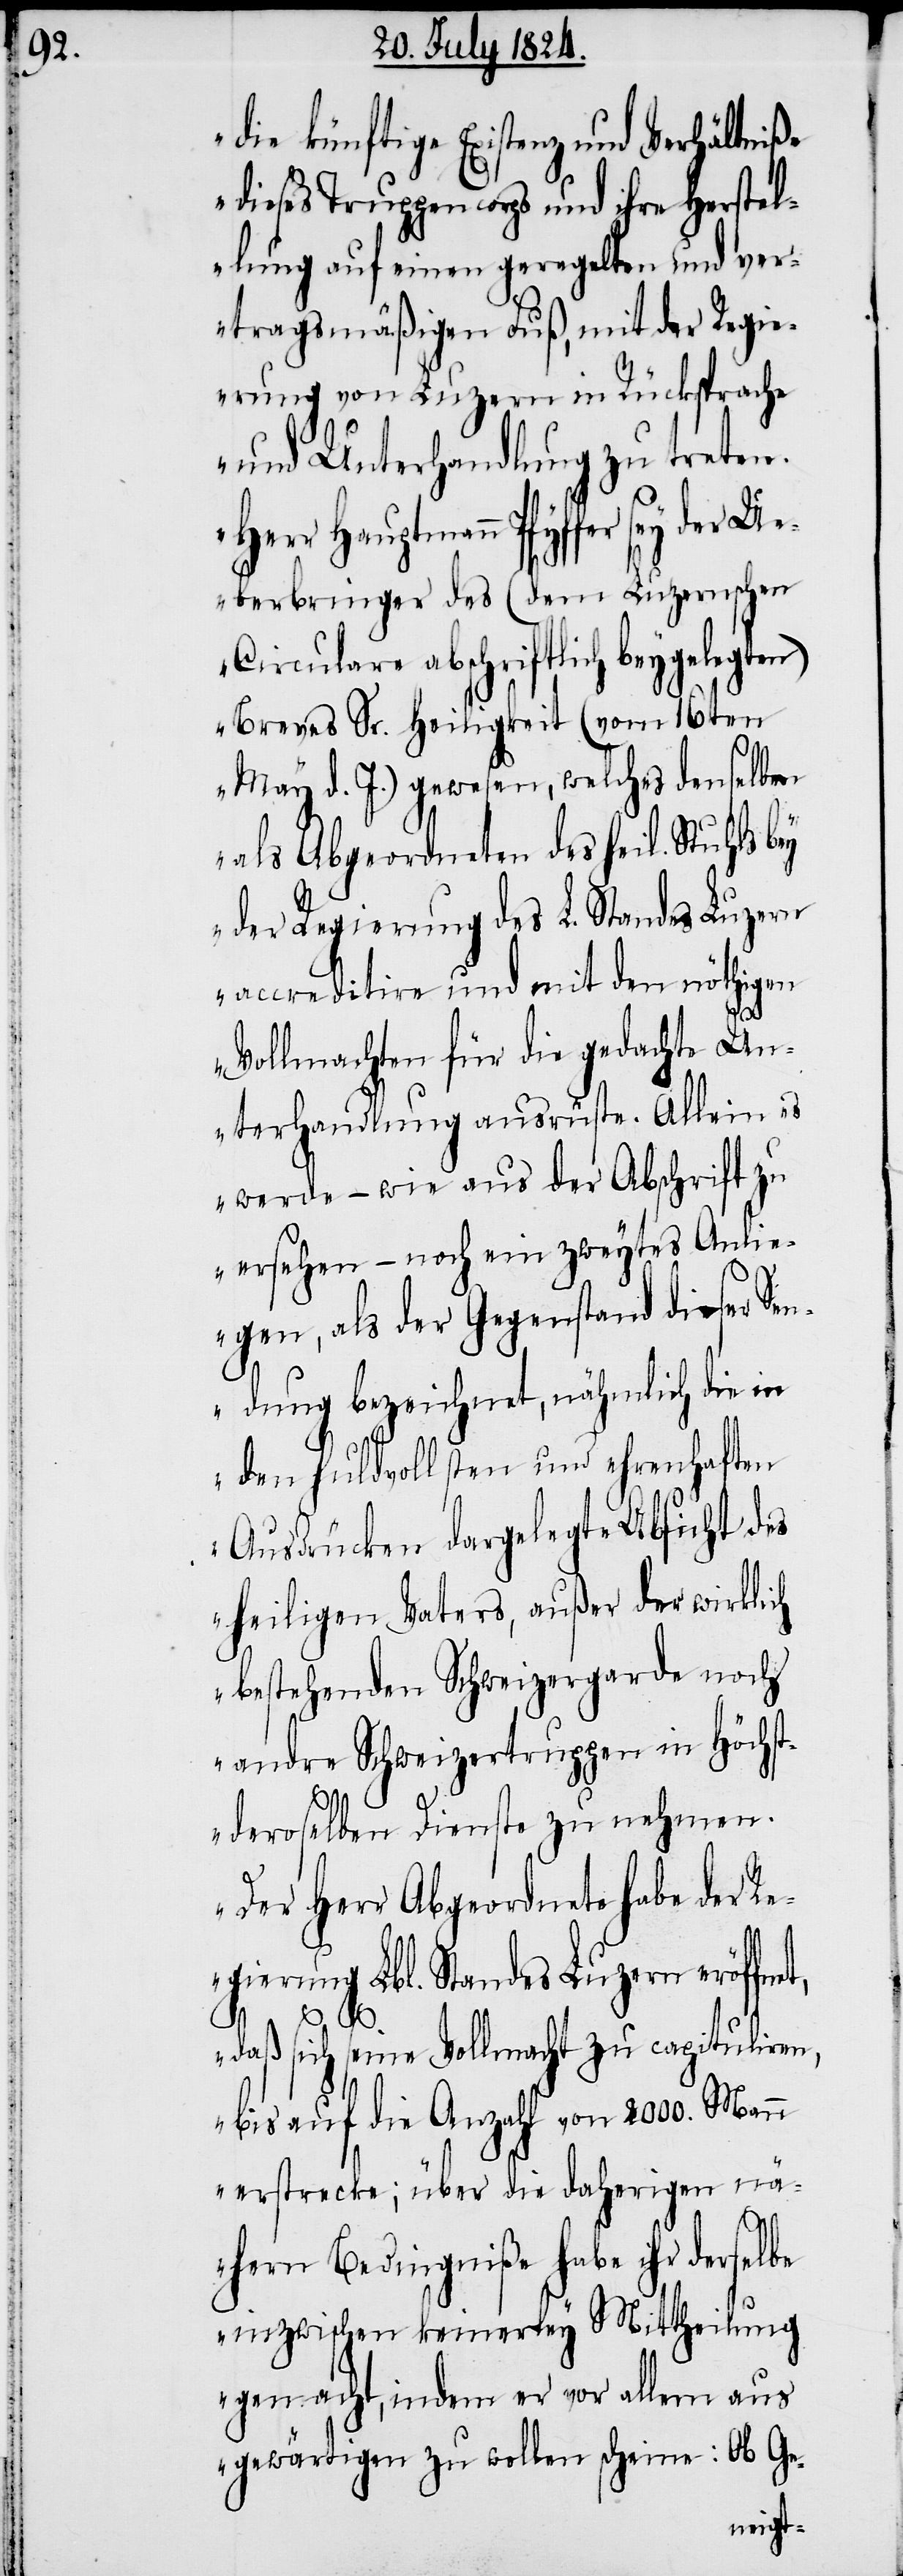
die künftige Existenz und Verhältniße
dieses Truppencorps und ihre Herstel¬
lung auf einen geregelten und ver¬
tragsmäßigen Fuß, mit der Regie¬
rung von Luzern in Rücksprache
und Unterhandlung zu treten.
Herr Hauptmann Pfyffer sey d¬
Ueberbringer des (dem Luzernschen
Circulare abschriftlich beygelegten)
Breves Sr. Heiligkeit (vom 16ten
May d. J.) gewesen, welches denselben
als Abgeordneten des heil. Stuhls bey
der Regierung des L. Standes Luzern
accreditire und mit den nöthigen
Vollmachten für die gedachte Un¬
terhandlung ausrüste. Allein es
werde – wie aus der Abschrift zu
ersehen – noch ein zweytes Anlie¬
gen, als der Gegenstand dieser Sen¬
dung bezeichnet, nähmlich die in
den huldvollsten und ehrenhaften
Ausdrücken dargelegte Absicht des
heiligen Vaters, außer der wirklich
bestehenden Schweizergarde noch
andre Schweizertruppen in Höchst¬
deroselben Dienste zu nehmen.
Der Herr Abgeordnete habe der Re¬
gierung Lbl. Standes Luzern eröffne¬
t,
daß sich seine Vollmacht zu capituliren,
bis auf die Anzahl von 2000. Mann
erstrecke; über die daherigen nä¬
hern Bedingniße habe ihr derselbe
inzwischen keinerley Mittheilung
gemacht, indem er vor allem aus
gewärtigen zu wollen scheine: Ob Ge-